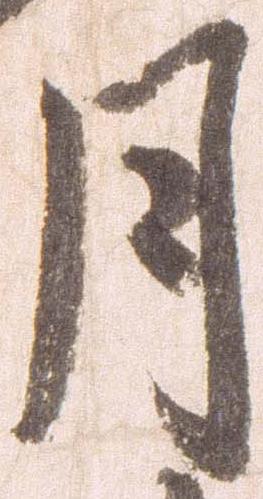
月